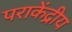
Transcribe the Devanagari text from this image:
पराकेंद्रीय